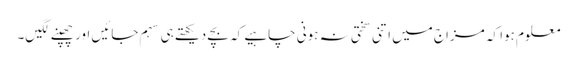
معلوم ہوا کہ مزاج میں اتنی سختی نہ ہونی چاہیے کہ بچے دیکھتے ہی سہم جائیں اور چھپنے لگیں۔